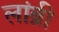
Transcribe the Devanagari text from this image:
लांब्री